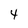
Character: 4